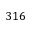
3 1 6